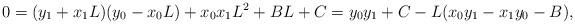
LaTeX: \begin{align*}0= (y_1+x_1L)(y_0-x_0L)+x_0x_1L^2+BL+C=y_0y_1+C-L(x_0y_1-x_1y_0-B),\end{align*}